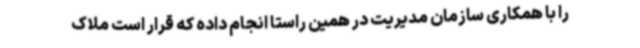
را با همکاری سازمان مدیریت در همین راستا انجام داده که قرار است ملاک